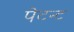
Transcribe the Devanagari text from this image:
पेटन्ट